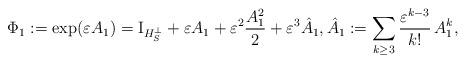
LaTeX: \begin{align*}\Phi_1:=\exp(\varepsilon A_1)=\mathrm{I}_{H_S^{\perp}}+\varepsilon A_1+\varepsilon^2 \frac{A_1^2}{2}+\varepsilon^3 \hat{A}_1, \hat{A}_1:=\sum_{k\geq 3} \frac{\varepsilon^{k-3}}{k!}\,A_1^k,\end{align*}